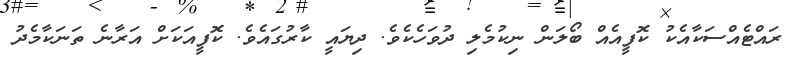
ރައްޓެއްސަކާއެކު ކޮފީއެއް ބޯލަން ނިކުމެލި ދުވަހެކެވެ. ދިޔައީ ކާރުގައެވެ. ކޮފީއަކަށް އަރާނެ ތަނަކާމެދު